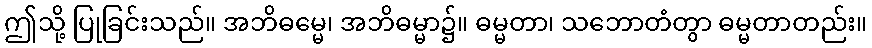
ဤသို့ ပြုခြင်းသည်။ အဘိဓမ္မေ၊ အဘိဓမ္မာ၌။ ဓမ္မတာ၊ သဘောတံတွာ ဓမ္မတာတည်း။